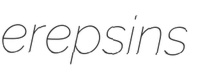
erepsins